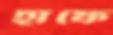
হাফে